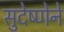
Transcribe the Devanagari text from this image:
सुदेष्णेने